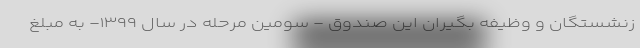
زنشستگان و وظیفه بگیران این صندوق - سومین مرحله در سال ۱۳۹۹- به مبلغ